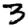
Digit: 3